Annual returns of the Patna Lunatic Asylum at Bankipore in Bihar and Orissa - 1912-1924
Year: 1912
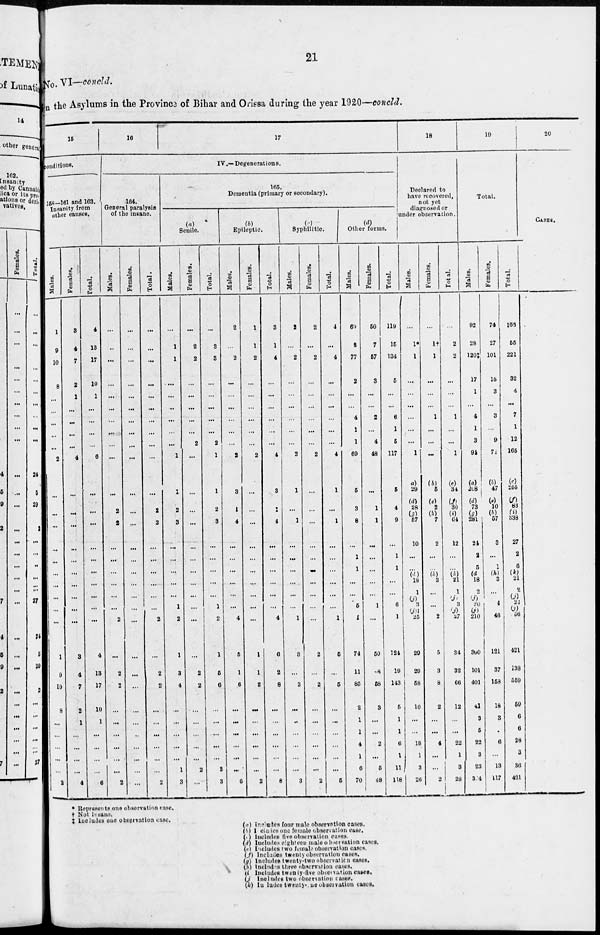
21
NO. VI—concld.
in the Asylums in the Province of Bihar and Orissa during the year 1920—concld.
15
conditions.
158—161 and 163.
Insanity from
other causes.
Males.
1
9
10
8
...
...
...
...
...
2
...
...
...
...
...
...
...
...
...
...
1
9
10
8
...
...
...
...
...
2
Females.
3
4
7
2
1
...
...
...
...
4
...
...
...
...
...
...
...
...
...
...
3
4
7
2
1
...
...
...
...
4
Total.
4
13
17
10
1
...
...
...
...
6
...
...
...
...
...
...
...
...
...
...
4
13
17
10
1
...
...
...
...
6
16
17
IV.—Degenerations.
164.
Genaral paralysis
of the insane.
Males.
...
..
...
...
...
...
...
...
...
...
...
2
2
...
...
...
...
...
...
2
...
2
2
...
...
...
...
...
...
2
Females.
...
...
...
...
...
...
...
...
...
...
...
...
...
...
...
...
...
...
...
...
...
...
...
...
...
..
...
...
...
...
Total.
...
...
...
...
...
...
...
...
...
...
...
2
2
...
...
...
...
...
...
2
...
2
2
...
...
...
...
...
...
2
165.
Dementia (primary or secondary).
Senile.
Males.
...
1
1
...
...
..
...
...
...
1
1
2
3
...
...
...
...
...
1
2
1
3
4
...
...
...
...
...
1
3
Females.
...
2
2
...
...
...
...
...
2
...
...
...
...
...
...
...
...
...
...
...
...
2
2
...
...
...
...
...
2
...
Total.
...
3
3
...
...
...
...
...
2
1
1
2
3
...
...
...
...
...
1
2
1
5
6
...
...
...
...
...
3
3
(b)
Epileptic.
Males.
2
...
2
...
...
...
...
...
...
2
3
1
4
...
...
...
...
...
...
4
5
1
6
...
...
...
...
...
...
6
Females.
1
1
2
...
...
...
...
...
...
2
...
...
...
...
...
...
...
...
...
...
1
1
2
...
...
...
...
...
...
2
Total.
3
1
4
...
...
...
...
...
...
4
3
1
4
...
...
...
...
...
...
4
6
2
8
...
...
...
...
...
...
8
(c)
Syphilitic.
Males.
2
...
2
...
...
...
...
...
...
2
1
...
1
...
...
...
...
...
...
1
3
...
3
...
...
...
...
...
...
3
Females.
2
...
2
...
...
...
...
...
...
2
...
...
...
...
...
...
...
...
...
...
2
...
2
...
...
...
...
...
...
2
Total.
4
...
4
...
...
...
...
...
...
4
1
...
1
...
...
...
...
...
...
1
6
...
6
...
...
...
...
...
...
5
(d)
Other forms.
Males.
69
8
77
2
...
...
4
1
1
69
5
3
8
...
1
1
...
...
5
1
74
11
85
2
1
1
4
1
6
70
Females.
50
7
57
3
...
...
2
...
4
48
...
1
1
...
...
...
...
...
1
...
50
8
58
3
...
...
2
...
5
48
Total.
119
15
134
5
...
...
6
1
5
117
5
4
9
...
1
1
...
...
6
1
124
19
143
5
1
1
6
1
11
118
18
Declared to
have recovered,
not yet
diagnosed or
under observation.
Males.
...
1*
1
...
...
...
...
...
...
1
(a)
29
(d)
28
(g)
57
10
...
...
(d)
18
1
(j)
3
(j)
25
29
29
58
10
...
...
18
1
3
26
Females.
...
1†
1
...
...
...
1
...
...
...
(b)
5
(e)
2
(h)
7
2
...
...
(k)
3
...
...
2
5
3
8
2
...
...
4
...
...
2
Total.
...
2
2
...
...
...
1
...
...
1
(c)
34
(f)
30
(i)
64
12
...
...
(k)
21
1
(j)
3 (j)
27
34
32
66
12
...
...
22
1
3
28
19
Total.
Males.
92
28
120‡
17
1
...
4
1
3
94
(a)
208
(d)
73
(g)
281
24
2
5
(d)
18
2
(j)
20
(j)
210
300
101
401
41
3
5
22
3
23
304
Females.
74
27
101
15
3
...
3
...
9
71
(b)
47
(e)
10
(h)
57
3
...
1
(h)
3
...
...
46
121
37
158
18
3
1
6
...
13
117
Total.
166
55
221
32
4
...
7
1
12
165
(c)
255
(f)
83
(i)
338
27
2
6
(k)
21
2
(j)
20
(j)
256
421
138
559
59
6
6
28
3
36
421
20
CASES.
* Represents one observation case.
† Not insane.
‡ includes one observation case.
(a) Includes four male observation cases.
(b) Includes one female observation cases.
(c) Includes five observation cases.
(d) Includes eighteen males observation cases.
(f) Includes two females observation cases.
(j) Includes twenty observation cases.
(g) Includes twenty-two observation cases.
(h) Includes three observation cases.
(i) Includes twenty-five observation cases.
(j) lncludes two observation cases.
(k) lncludes twenty-one observation cases.